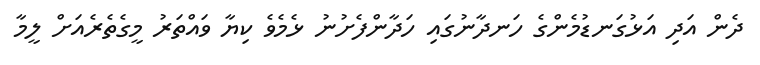
ދެން އަދި އަޅުގަނޑުމެންގެ ހަނދާނުގައި ހަދާންފެށުނު ޅެމެވެ ކިޔާ ވައްތަރު މީގެތެރެއަށް ލީމާ